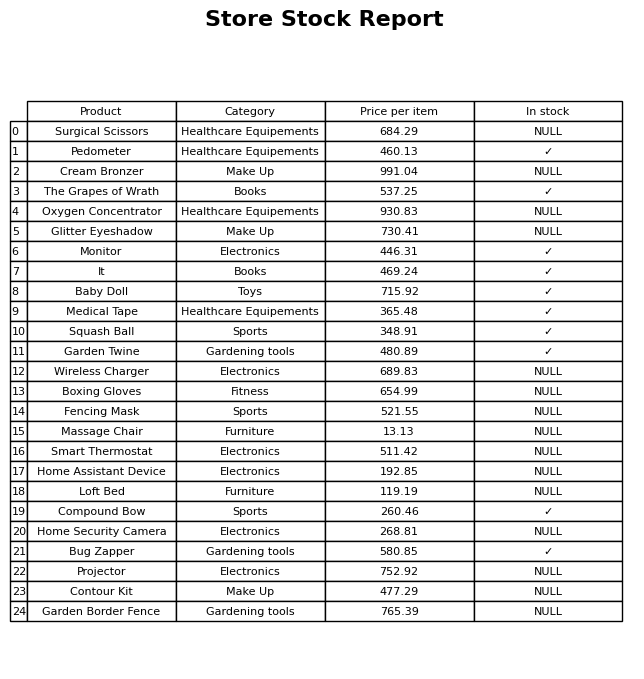
question: Is the Home Assistant Device in stock?
answer: NULL